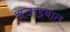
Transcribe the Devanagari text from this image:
अजाइबात